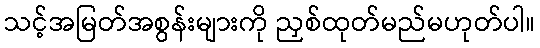
သင့်အမြတ်အစွန်းများကို ညှစ်ထုတ်မည်မဟုတ်ပါ။